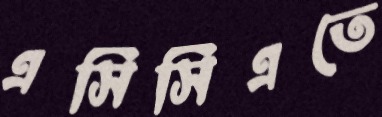
এসিসিএতে